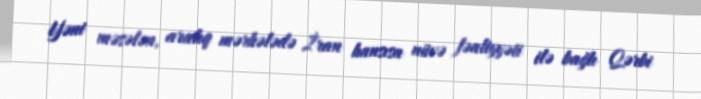
Yəni məsələn, aralıq mərhələdə İran hansısa nüvə fəaliyyəti ilə bağlı Qərbi